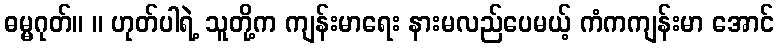
ဓမ္မဂုတ်။ ။ ဟုတ်ပါရဲ့ သူတို့က ကျန်းမာရေး နားမလည်ပေမယ့် ကံကကျန်းမာ အောင်